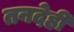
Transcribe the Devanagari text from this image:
तनदेही